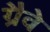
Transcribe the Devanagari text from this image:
ग्रैवे